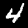
Label: 4